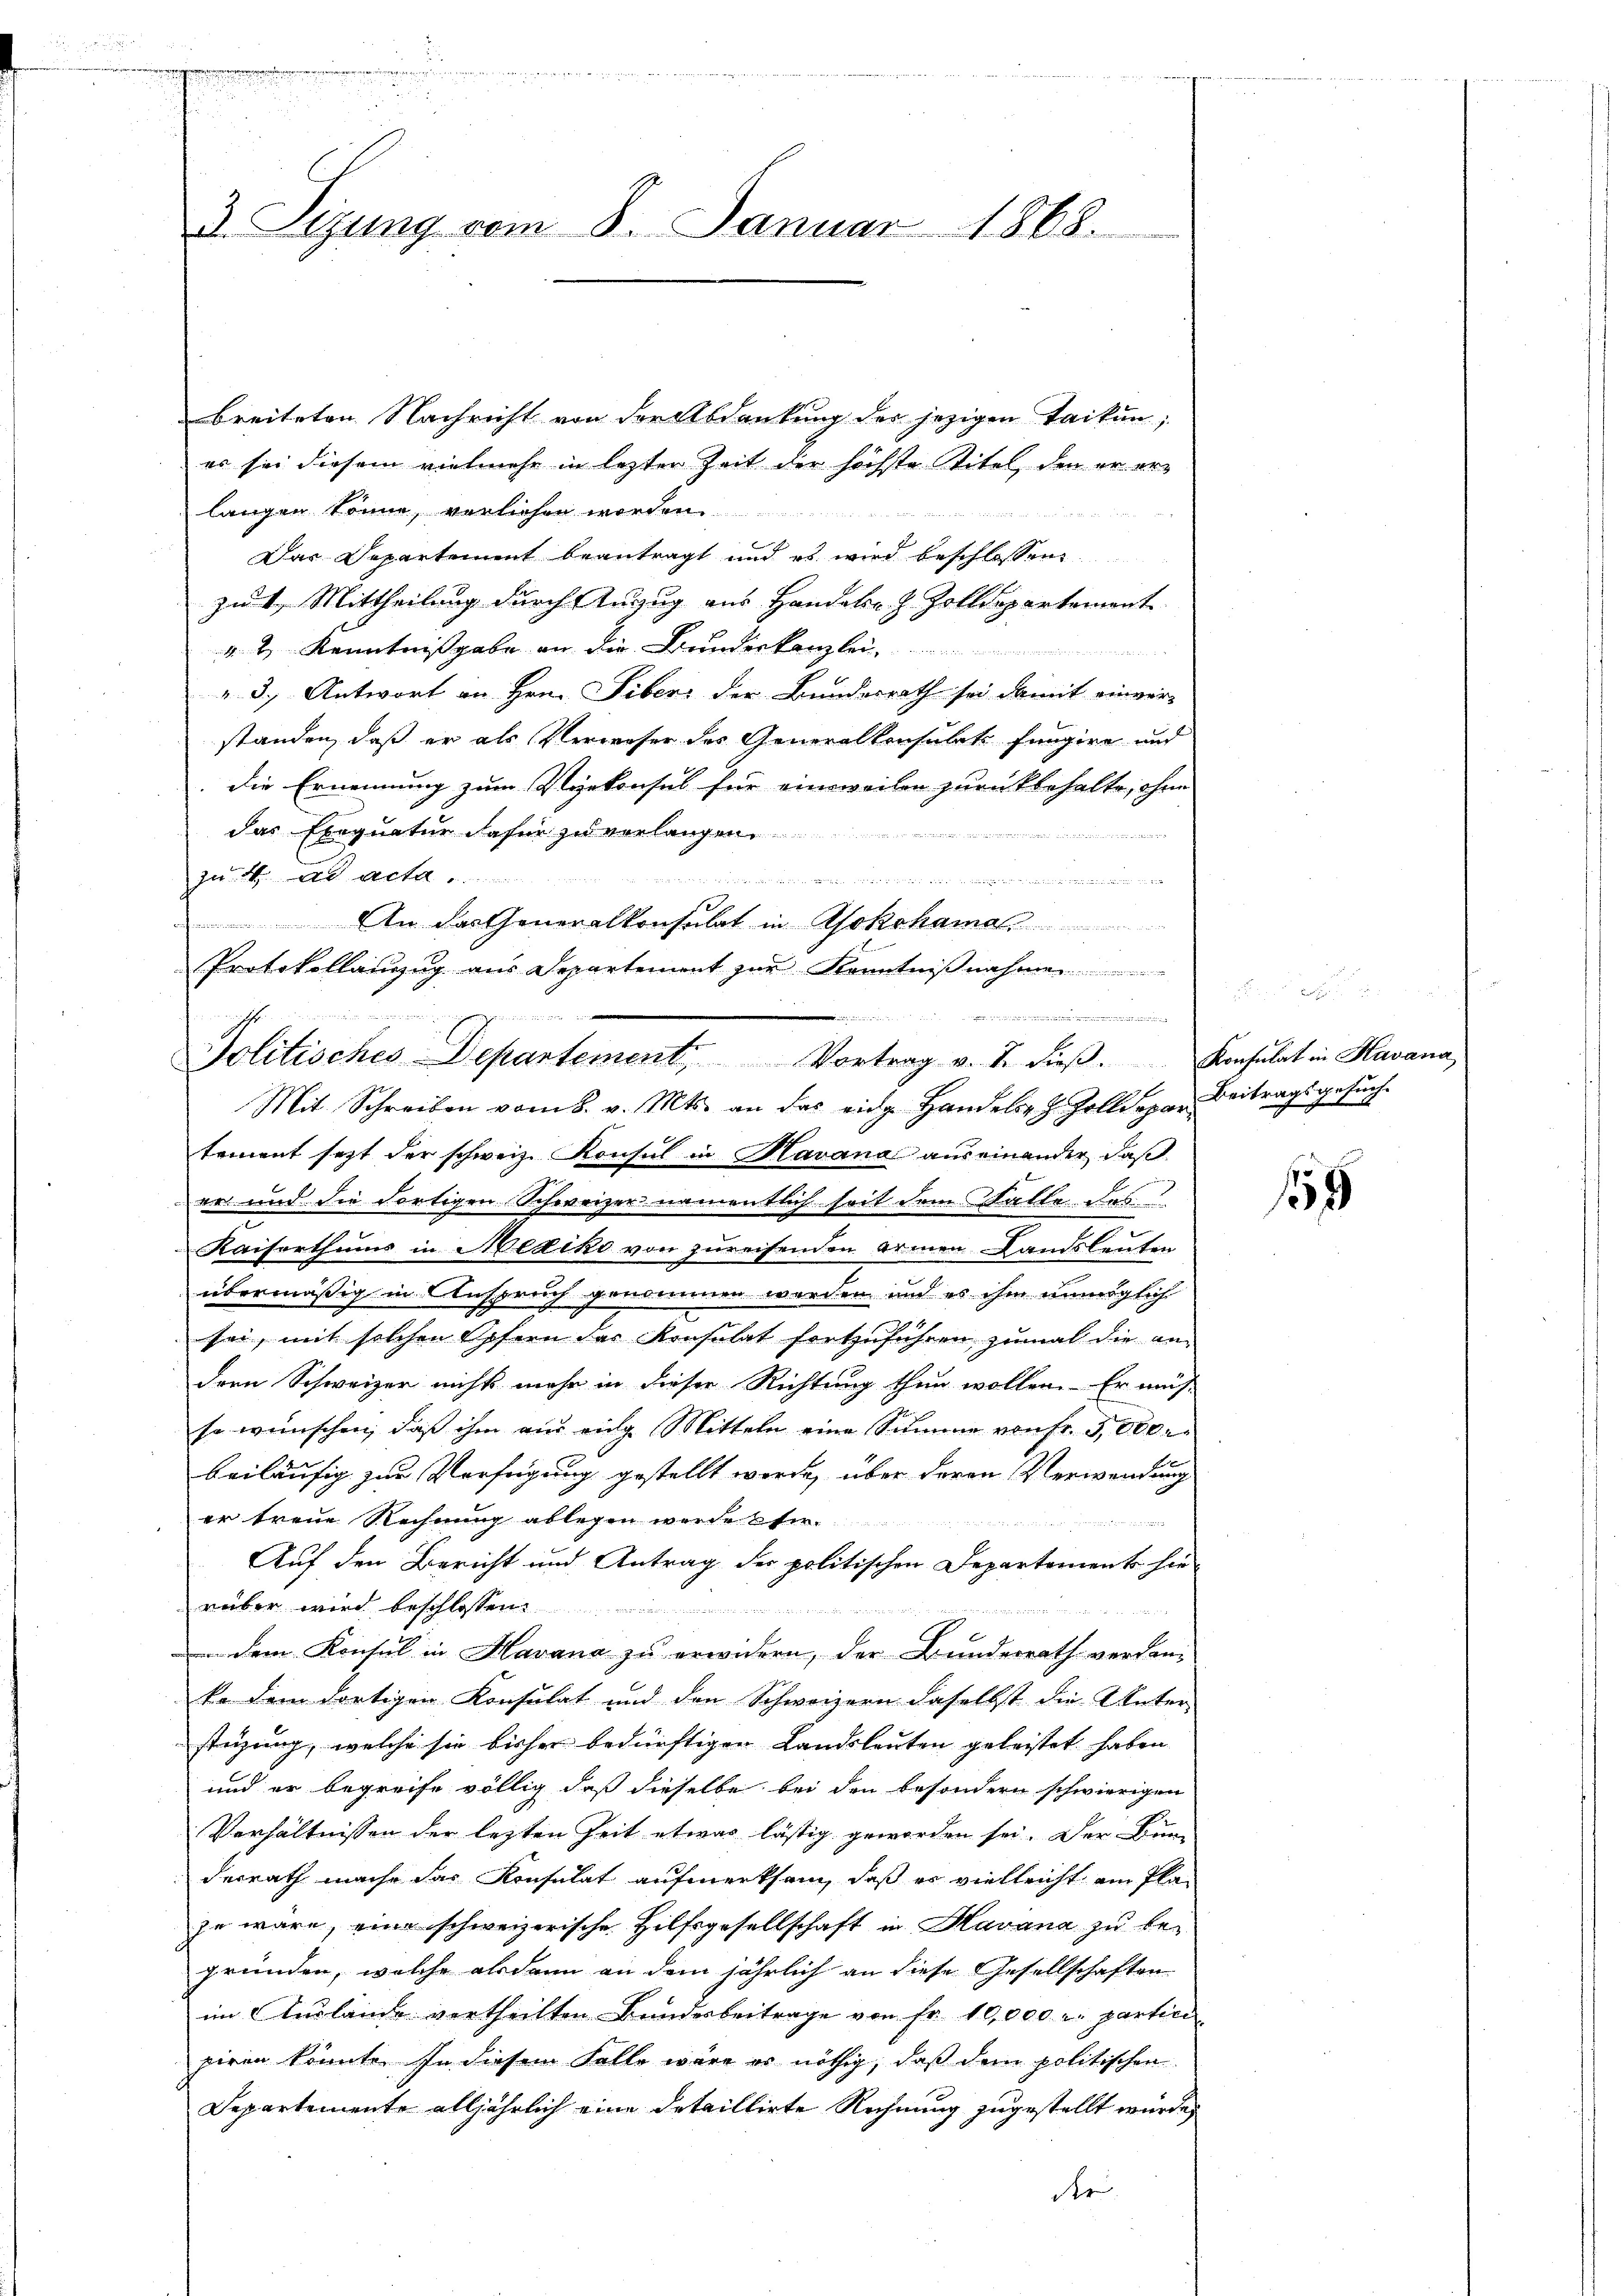
h i n
2
a. Syzung vom 8. Januar 1865.

breiteten Nachricht von der Abdankung des jezigen Taikunes sei diesem vielmehr in letzter Zeit der höchste Titel, den er erlangen könne, vorliehen worden.

Das Departement beantragt und es wird beschlossen
zu 4. Mittheilung durch Anzug aus Handels- & Zolldepartement
v. 4. Kenntnißgabe an die Bunderkanzlei,

" 3. Antwort an Hrn. Siber der Bundesrath sei damit einver-
standen, daß er als Verweser des Generalkonsubits fungire und
die Ernennung zum Seekonsul für eineweilen zurückbehalte, ohne
das Exequatur dafür zu verlangen

zu 4. ad acta
schen

An das Generalkonsulat in Asokohama
Protokollanzug aus Departement zur Kenntniβnahme

e
Politisches Departement, Vortrag v. J. dieβ. Konsulat in Havana
f

Mit Schreiben vom 8. v. Mts. an das eidg Handels z. Zolldepar Beitragsgesuchtement sezt der schweiz. Konsul in Havana auseinander, daß
er und die dortigen Schweizer namentlich seit dem Falle des
Kaiserthums in Mediko von zureisenden armen Landsleuten
übermäßig in Anspruch genommen werden und es ihm unmöglich
sei, mit solchen Opfern des Konsulat fortzuführen, zumal die an-
dern Schweizer nichts mehr in dieser Richtung thun wollen. Er müs-
so wünschen, daß ihm aus einge Mitteln eine Summe von fr. 3,000 r
beiläufig zur Verfügung gestellt werde, über deren Verwendung
er treue Rechnung ablegen werde stir

Auf den Bericht und Antrag der politischen Departement hie
rüber wird beschlossen:

n
in dem Konsul in Havana zu erwidern, der Bundesrath verdan-
ka dem dortigen Konsulat und den Schweizern daselbst die Unter
steigung, welche sie bisher bedürftigen Landsleuten geleistet haben
und er begreife völlig, daß dieselbe bei den besondern schwierigen
Verhältnissen der lezten Zeit etwas lästig geworden sei. Der Bun-
desrath mache das Konsulat aufmerksam, daß es vielleicht am Plazu wäre, eine schweizerische Hilfsgesellschaft in Havana zu begründen, welche alsdann an dem jährlich an diese Gesellschaften
im Auslände vertheilten Bundesbeitrage von Fr. 10,000 u. partici
piren könnte. In diesem Falle wäre es nöthig, daß dem politischen
Departemente alljährlich eine detaillirte Rechnung zugestellt wurde,
der

159